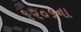
૧૨૦૬ના